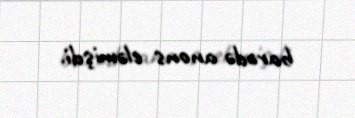
barədə anons eləmişdi.